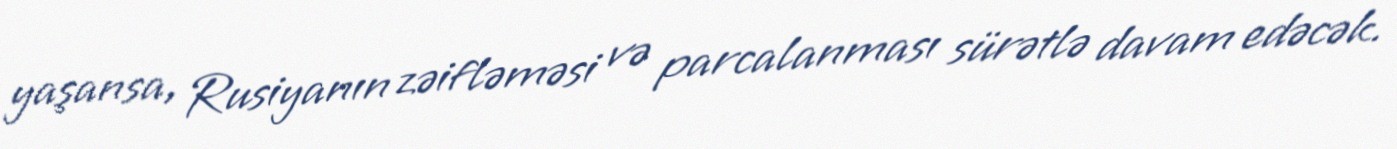
yaşansa, Rusiyanın zəifləməsi və parcalanması sürətlə davam edəcək.